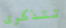
تتذكرى